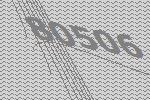
80506